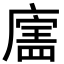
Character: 𪪣